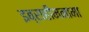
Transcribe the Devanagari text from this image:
इब्राहीमनामा